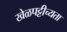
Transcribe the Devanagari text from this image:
खेळपट्टीच्यता